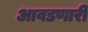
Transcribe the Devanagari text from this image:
आवडणारी